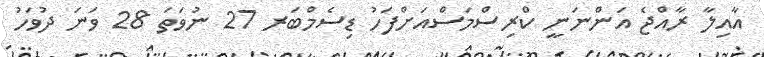
އާއިލާ ރާއްޖެ އަންނަނީ ކްރިސްމަސްއަށްފަހު ޑިސެމްބަރ 27 ނުވަތަ 28 ވަނަ ދުވަހު